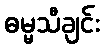
ဓမ္မသီချင်း